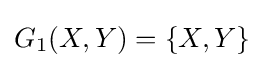
G_{1}(X,Y)=\{X,Y\}